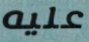
عليه